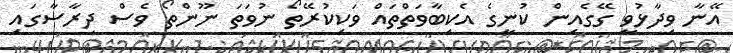
އޭނާ ވިދާޅުވީ ގޭގެއިން ކުނީގެ އެކިބާވަތްތައް ވަކިކުރޭތޯ ނުވަތަ ނޫންތޯ ވެސް ދިރާސާގައި